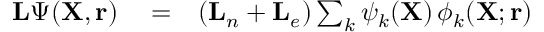
\begin{array} { r l r } { { \mathbf { L } } \Psi ( { \mathbf { X } } , { \mathbf { r } } ) } & { { } = } & { ( { \mathbf { L } } _ { n } + { \mathbf { L } } _ { e } ) \sum _ { k } \psi _ { k } ( { \mathbf { X } } ) \, \phi _ { k } ( { \mathbf { X } } ; { \mathbf { r } } ) } \end{array}